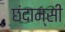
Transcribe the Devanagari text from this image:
छंदाम्सी